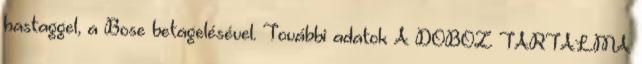
hastaggel, a Bose betagelésével. További adatok A DOBOZ TARTALMA